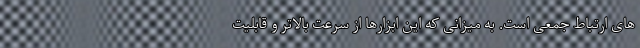
های ارتباط جمعی است. به میزانی که این ابزارها از سرعت بالاتر و قابلیت